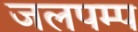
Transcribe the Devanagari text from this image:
जलपम्प